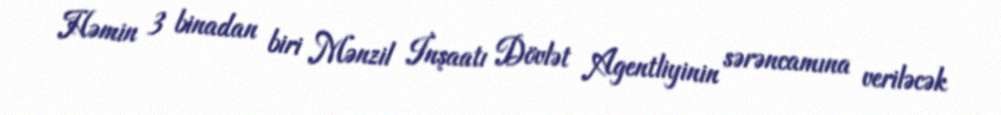
Həmin 3 binadan biri Mənzil İnşaatı Dövlət Agentliyinin sərəncamına veriləcək